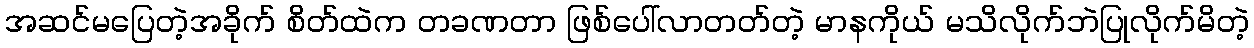
အဆင်မပြေတဲ့အခိုက် စိတ်ထဲက တခဏတာ ဖြစ်ပေါ်လာတတ်တဲ့ မာနကိုယ် မသိလိုက်ဘဲပြုလိုက်မိတဲ့